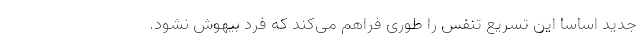
جدید اساساً این تسریع تنفس را طوری فراهم می‌کند که فرد بیهوش نشود.